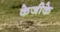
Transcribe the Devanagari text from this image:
केजीके